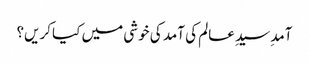
آمدِ سیدِ عالم کی آمد کی خوشی میں کیا کریں؟